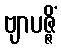
ဗျာပဇ္ဇိံ